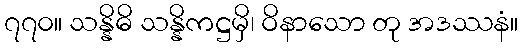
၇၇၀။ သန္နိဓိ သန္နိကဋ္ဌမှိ၊ ဝိနာသော တု အဒဿနံ။